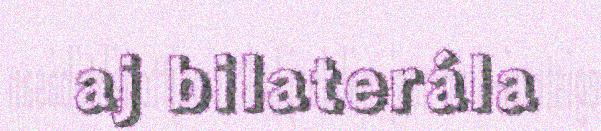
aj bilaterála